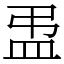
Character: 盄